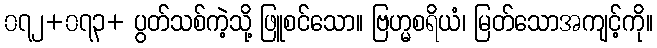
၀၇၂+၀၇၃+ ပွတ်သစ်ကဲ့သို့ ဖြူစင်သော။ ဗြဟ္မစရိယံ၊ မြတ်သောအကျင့်ကို။